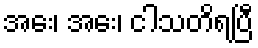
အေး၊ အေး၊ ငါသတိရပြီ